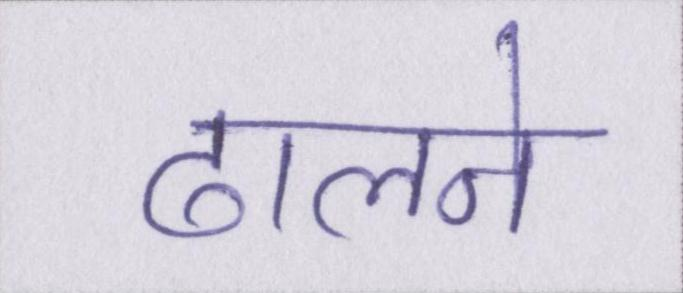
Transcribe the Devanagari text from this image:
ढालने